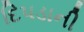
દિપડાની